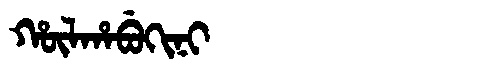
Manchu: ᡥᡡᠯᡥᠠᠪᡠᡴᡳᠨᡳ
Romanization: HŪLHABUKINI